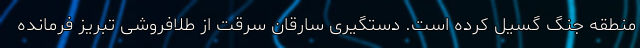
منطقه جنگ گسیل کرده است. دستگیری سارقان سرقت از طلافروشی تبریز فرمانده